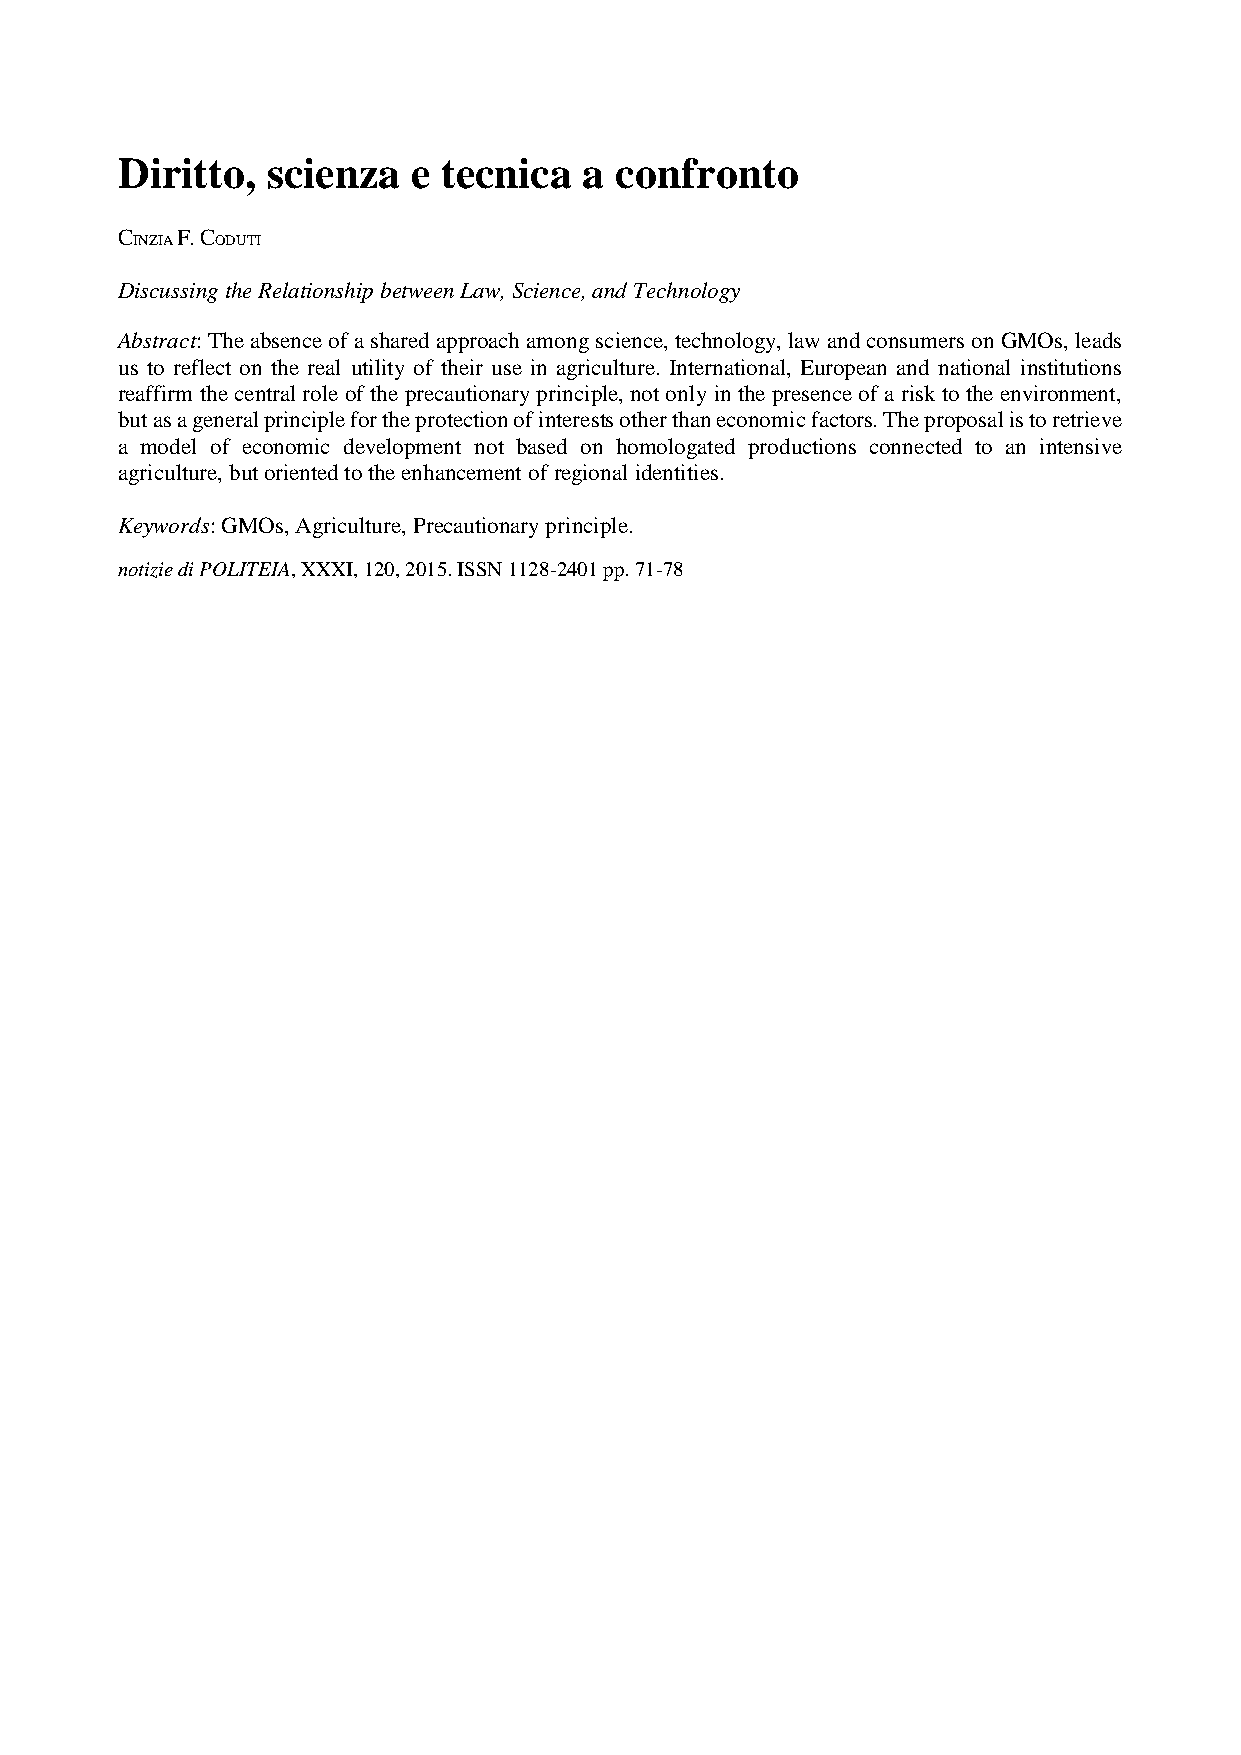
Diritto,  scienza  e tecnica   a confronto
 C
 INZIA
 F. C
 ODUTI
 Discussing the Relationship between Law, Science, and Technology
 Abstract: The absence of a shared approach among science, technology, law and consumers on GMOs, leads
 us to reflect on the real utility of their use in agriculture. International, European and national institutions
 reaffirm the central role of the precautionary principle, not only in the presence of a risk to the environment,
 but as a general principle for the protection of interests other than economic factors. The proposal is to retrieve
 a model of economic development not based on homologated productions connected to an intensive
 agriculture, but oriented to the enhancement of regional identities.
 Keywords: GMOs, Agriculture, Precautionary principle.
 notizie di POLITEIA, XXXI, 120, 2015. ISSN 1128-2401 pp. 71-78